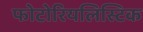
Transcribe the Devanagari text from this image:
फोटोरियलिस्टिक